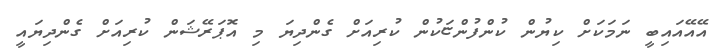
އޭއޭއައިބީ ނަމަކަށް ކިޔުން ކުންފުންޏަކުން ކުރިއަށް ގެންދިޔަ މި އޮޕަރޭޝަން ކުރިއަށް ގެންދިޔައީ